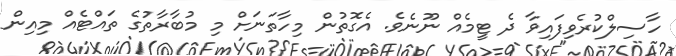
ހާސިލްކުރެވިފައިވާ ދެ ޓީމެއް ނޫނެވެ. އެގޮތުން މިހާތަނަށް މި މުބާރާތުގެ ތައްޓެއް މިއިން